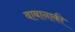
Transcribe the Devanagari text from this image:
वाबानाकी